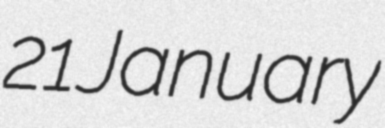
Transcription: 21 January